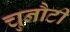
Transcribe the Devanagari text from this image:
चुनौटी